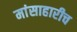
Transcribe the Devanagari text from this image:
मांसाहारीच